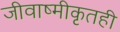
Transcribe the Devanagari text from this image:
जीवाष्मीकृतही